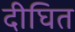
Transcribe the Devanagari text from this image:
दीघित